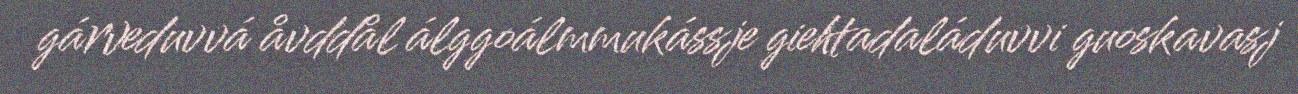
gárveduvvá åvddål álggoálmmukássje giehtadaláduvvi guoskavasj